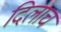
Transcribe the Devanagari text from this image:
दिलाच